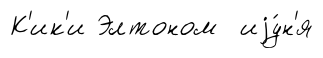
К'ик'и Элтоном иjу́н'я